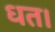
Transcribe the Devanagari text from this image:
धत।